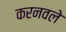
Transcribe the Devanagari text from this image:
करनवले